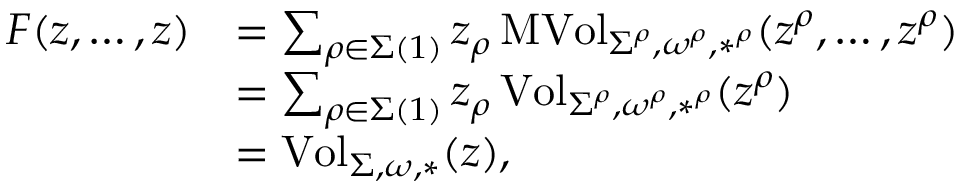
\begin{array} { r l } { F ( z , \dots , z ) } & { = \sum _ { \rho \in \Sigma ( 1 ) } z _ { \rho } \operatorname { M V o l } _ { \Sigma ^ { \rho } , \omega ^ { \rho } , * ^ { \rho } } ( z ^ { \rho } , \dots , z ^ { \rho } ) } \\ & { = \sum _ { \rho \in \Sigma ( 1 ) } z _ { \rho } \operatorname { V o l } _ { \Sigma ^ { \rho } , \omega ^ { \rho } , * ^ { \rho } } ( z ^ { \rho } ) } \\ & { = \operatorname { V o l } _ { \Sigma , \omega , * } ( z ) , } \end{array}